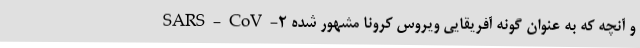
SARS-CoV-۲ و آنچه که به عنوان گونه آفریقایی ویروس کرونا مشهور شده